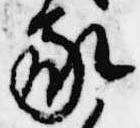
家